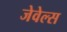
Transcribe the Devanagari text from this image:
जेवेल्स